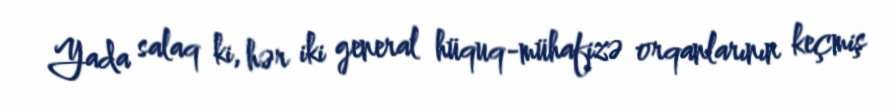
Yada salaq ki, hər iki general hüquq-mühafizə orqanlarının keçmiş